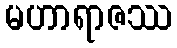
မဟာရာဇဿ